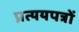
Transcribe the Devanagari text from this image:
प्रत्ययपत्रों